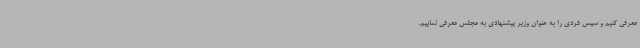
معرفی کنیم و سپس فردی را به عنوان وزیر پیشنهادی به مجلس معرفی نماییم.